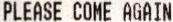
PLEASE COME AGAIN